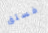
فستق